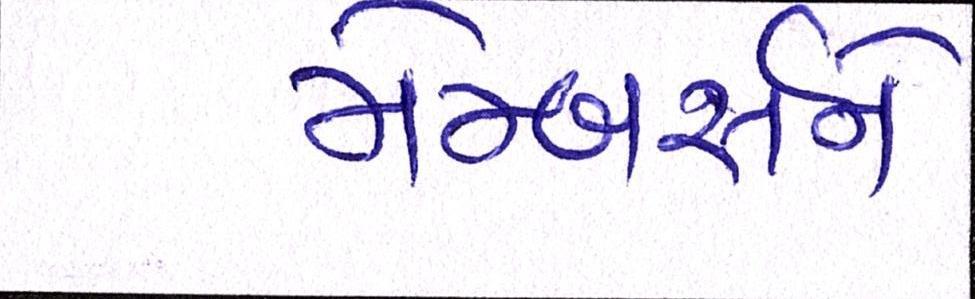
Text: મેમ્બર્સને